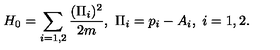
H _ { 0 } = \sum _ { i = 1 , 2 } { \frac { ( \Pi _ { i } ) ^ { 2 } } { 2 m } } , \ \Pi _ { i } = p _ { i } - A _ { i } , \ i = 1 , 2 .